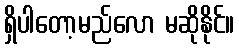
ရှိပါတော့မည်လော မဆိုနိုင်။